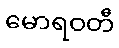
မောရဝတီ